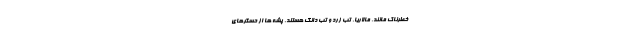
خطرناک مانند، مالاریا، تب زرد و تب دانگ هستند. پشه ها از حسگرهای